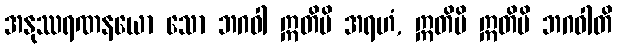
အနုဿရဏနယော သော ဘဂဝါ ဣတိပိ အရဟံ, ဣတိပိ ဣတိပိ ဘဂဝါတိ